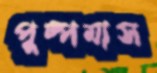
পুষ্পমাস